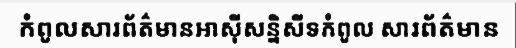
កំពូលសារព័ត៌មានអាស៊ីសន្និសីទកំពូល សារព័ត៌មាន